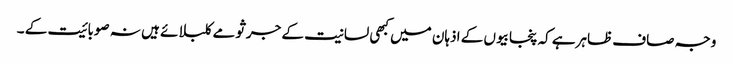
وجہ صاف ظاہرہے کہ پنجابیوں کے اذہان میں کبھی لسانیت کے جرثومے کلبلائے ہیں نہ صوبائیت کے ۔